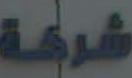
شركة